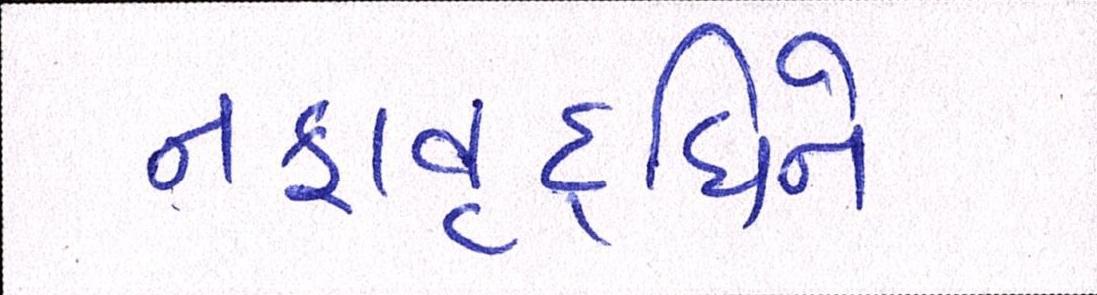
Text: નફાવૃદ્ધિને